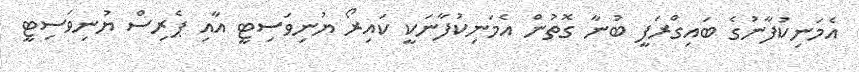
އެމަނިކުފާނުގެ ބައިގްރަފީ ބުނާ ގޮތުން އެމަނިކުފާނަކީ ކައިރޯ ޔުނިވަސިޓީ އާއި ޕެރިސް ޔުނިވަސިޓީ